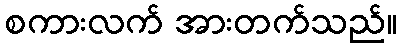
စကားလက် အားတက်သည်။